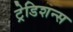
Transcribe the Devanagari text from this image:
ट्रेडिशन्स